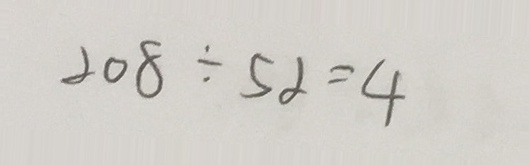
2 0 8 \div 5 2 = 4